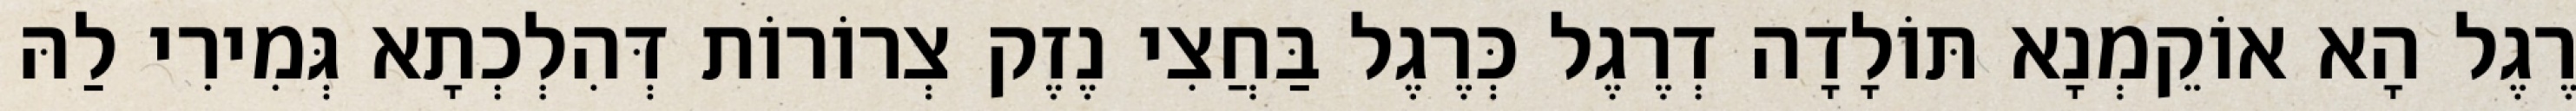
רֶגֶל הָא אוֹקֵמְנָא תּוֹלָדָה דְרֶגֶל כְּרֶגֶל בַּחֲצִי נֶזֶק צְרוֹרוֹת דְּהִלְכְתָא גְּמִירִי לַהּ